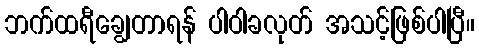
ဘက်ထရီချွေတာရန် ပါဝါခလုတ် အသင့်ဖြစ်ပါပြီ။